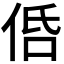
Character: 𠈲